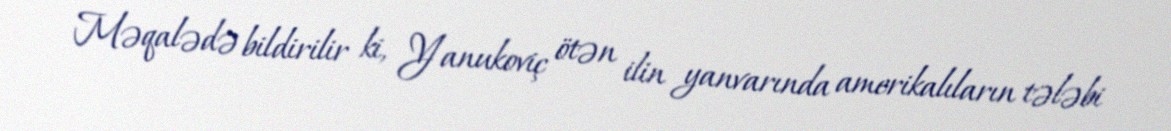
Məqalədə bildirilir ki, Yanukoviç ötən ilin yanvarında amerikalıların tələbi